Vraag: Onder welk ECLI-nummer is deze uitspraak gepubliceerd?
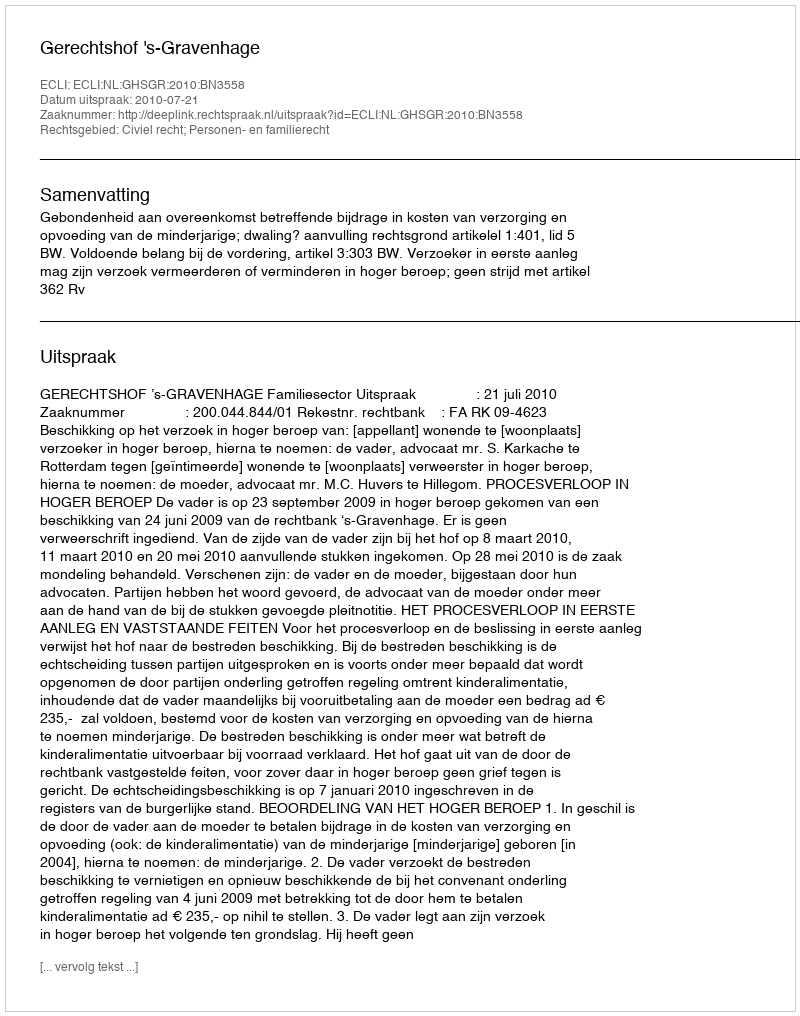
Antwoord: ECLI:NL:GHSGR:2010:BN3558